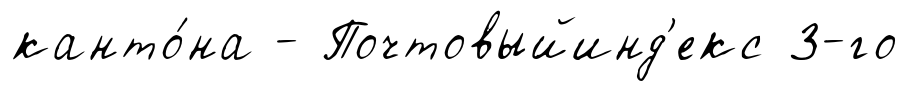
канто́на - Почтовыйинд'екс 3-го